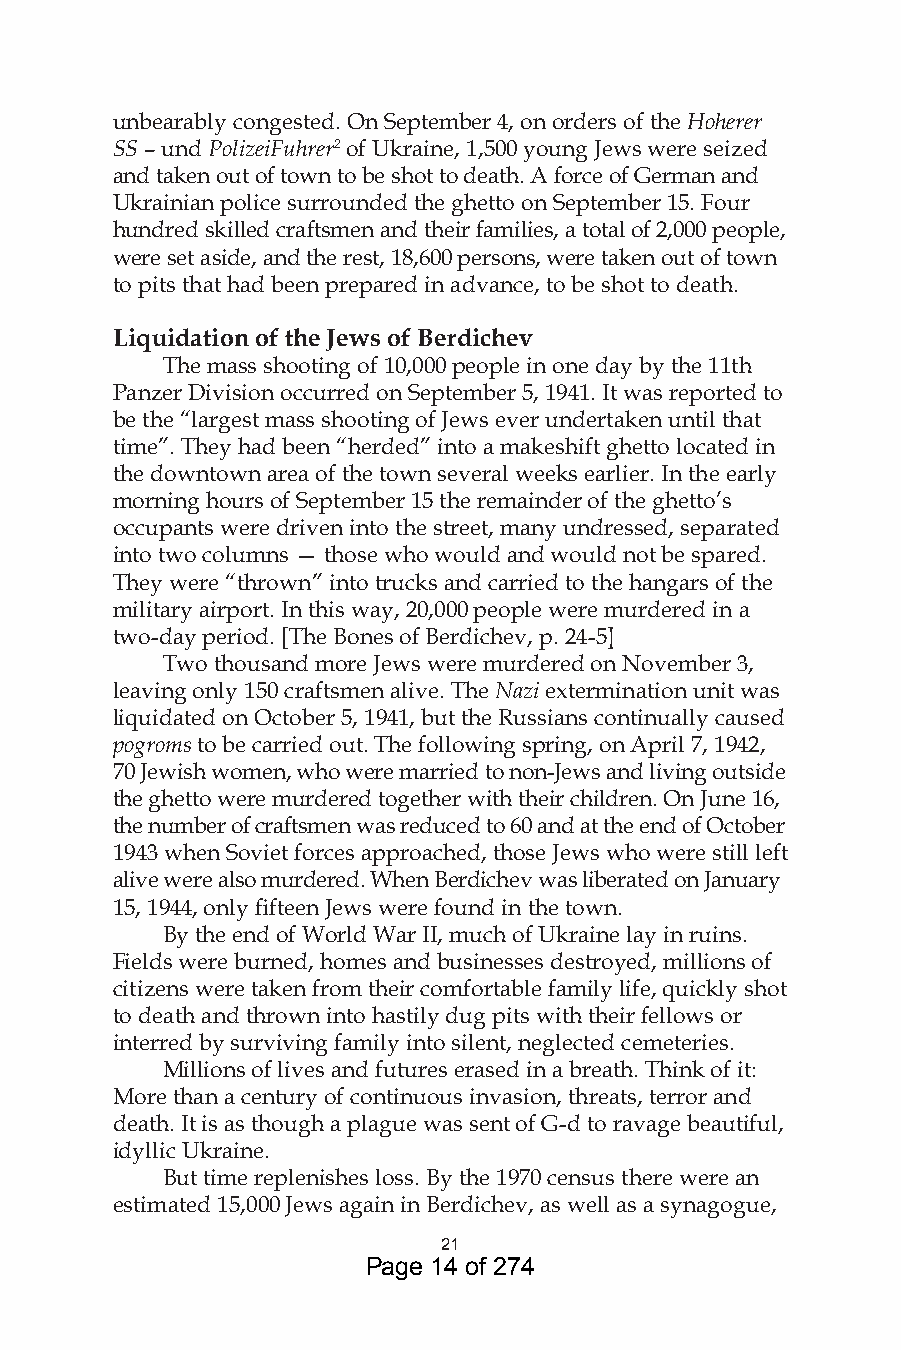
unbearably congested. On September 4, on orders of the Hoherer
 SS – und PolizeiFuhrer of Ukraine, 1,500 young Jews were seized
 and taken out of town to be shot to death. A force of German and
 Ukrainian police surrounded the ghetto on September 15. Four
 hundred skilled craftsmen and their families, a total of 2,000 people,
 were set aside, and the rest, 18,600 persons, were taken out of town
 to pits that had been prepared in advance, to be shot to death.
 Liquidation of the Jews of Berdichev
 The mass shooting of 10,000 people in one day by the 11th
 Panzer Division occurred on September 5, 1941. It was reported to
 be the “largest mass shooting of Jews ever undertaken until that
 time”. They had been “herded” into a makeshift ghetto located in
 the downtown area of the town several weeks earlier. In the early
 morning hours of September 15 the remainder of the ghetto’s
 occupants were driven into the street, many undressed, separated
 into two columns — those who would and would not be spared.
 They were “thrown” into trucks and carried to the hangars of the
 military airport. In this way, 20,000 people were murdered in a
 two-day period. [The Bones of Berdichev, p. 24-5]
 Two thousand more Jews were murdered on November 3,
 leaving only 150 craftsmen alive. The Nazi extermination unit was
 liquidated on October 5, 1941, but the Russians continually caused
 pogroms to be carried out. The following spring, on April 7, 1942,
 70 Jewish women, who were married to non-Jews and living outside
 the ghetto were murdered together with their children. On June 16,
 the number of craftsmen was reduced to 60 and at the end of October
 1943 when Soviet forces approached, those Jews who were still left
 alive were also murdered. When Berdichev was liberated on January
 15, 1944, only fifteen Jews were found in the town.
 By the end of World War II, much of Ukraine lay in ruins.
 Fields were burned, homes and businesses destroyed, millions of
 citizens were taken from their comfortable family life, quickly shot
 to death and thrown into hastily dug pits with their fellows or
 interred by surviving family into silent, neglected cemeteries.
 Millions of lives and futures erased in a breath. Think of it:
 More than a century of continuous invasion, threats, terror and
 death. It is as though a plague was sent of G-d to ravage beautiful,
 idyllic Ukraine.
 But time replenishes loss. By the 1970 census there were an
 estimated 15,000 Jews again in Berdichev, as well as a synagogue,
 
 Page 14 of 274